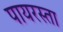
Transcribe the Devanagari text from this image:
पायरस्ता